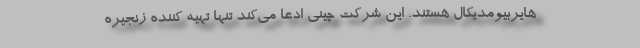
هایربیومدیکال هستند. این شرکت چینی ادعا می‌کند تنها تهیه کننده زنجیره